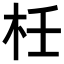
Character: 𣐅